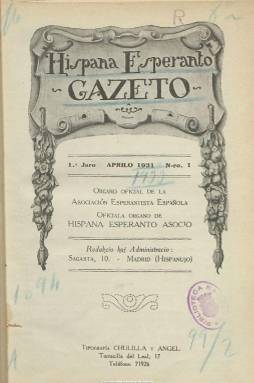
Título: Hispana esperanto gazeto
Otros títulos: Hispana esperanto-gazeto
Colección: Esperanto || Revistas de información general
Ámbito geográfico: Madrid
Lugar de publicación: Madrid
Fechas: 01/04/1931-31/03/1936

Hispana Esperanto-gazeto (Revista española de esperanto) es el órgano oficial de Hispana Esperanto-Asocio (Asociación Esperantista Española), fundada en 1926.

Esta asociación es continuadora de la labor en favor del esperanto realizada por Hispana Societo por Propagando de Esperanto (Sociedad Española para la Propaganda del Esperanto), tras la desaparición de esta. Se centró en las actividades de difusión y propaganda, con algunos éxitos notables, como el nombramiento de tres científicos españoles (el ingeniero e inventor Leonardo Torres Quevedo y los menos conocidos académicos Vicente Inglada Ors y Emilio Herrera Linares) como representantes oficiales del Estado Español en la Conferencia Internacional para el empleo del Esperanto en las Ciencias en 1925.

En el primer número la revista, la Asociación informa de que desde su fundación uno de sus principales anhelos fue “crear, con elementos propios de la Sociedad, una revista, dedicada al fomento de la unión y armonía entre sus miembros, a la difusión del ideal esperantista y a dar cuenta del resultado de todos sus trabajos sociales, en la forma prescrita en el artículo VI de los Estatutos.” Tal anhelo no pudo ser realizado hasta cinco años después, durante los cuales otras revistas, primero El Sol español (La Suno Hispana) y luego El Esperanto español (Hispana Esperanto) colaboraron con la Asociación publicando las noticias y trabajos considerados de importancia para la asociación.

Como suele ser habitual en este tipo de revistas, además de tratar asuntos relacionados con la propia asociación y el movimiento, hay otras secciones dedicadas a temas culturales, literatura (original y traducida) y entretenimiento.

Entre los colaboradores asiduos se encuentra Julio Mangada Rosenörn, cofundador de la asociación y uno de sus principales activistas. Mangada, militar republicano y masón, fue la cara visible del esperanto en España durante más de dos décadas. Destaca también Amalia Núñez Dubús, maestra, telegrafista y poeta de reconocido prestigio que colaboró en varias revistas de ámbito nacional e internacional y cuyos poemas se recogieron en la antología Dekdu poetoj (Doce poetas), bajo la dirección de Kálmán Kalocsay, poeta húngaro considerado hoy uno de los clásicos de la literatura original en esperanto.

La revista dejó de publicarse al estallar la Guerra Civil. La Asociación Esperantista Española desapareció en 1939. Tras la guerra, el movimiento esperantista organizado desapareció como tal en España. Aunque quedaron hablantes de esperanto, que poco a poco consiguieron organizarse y adquirir visibilidad, tardaría mucho tiempo en recuperarse parte de la brillantez y el prestigio que el esperanto había logrado adquirir en la sociedad española.

Según la Bibliografía de publicaciones periódicas en o sobre el esperanto (Bibliografio de periodaĵoj en aŭ pri Esperanto), se publicaron al menos 61 números (entre abril de 1931 y julio de 1936). Era una publicación bilingüe, en español y esperanto.

[Descripción publicada el 25/03/2019]